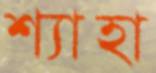
শ্যাহা